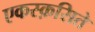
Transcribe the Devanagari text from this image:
एकस्क़सिते